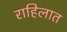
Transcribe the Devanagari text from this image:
राहिलात